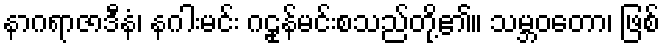
နာဂရာဇာဒီနံ၊ နဂါးမင်း ဂဠုန်မင်းစသည်တို့၏။ သမ္ဘဝတော၊ ဖြစ်